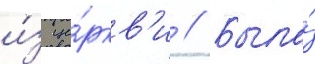
и́з це́ркв'и // Была́